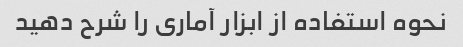
نحوه استفاده از ابزار آماری را شرح دهید